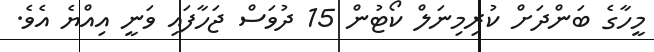
މީހާގެ ބަންދަށް ކުރިމިނަލް ކޯޓުން 15 ދުވަސް ޖަހާފައި ވަނީ އިއްޔެ އެވެ.